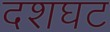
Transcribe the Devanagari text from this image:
दशघट